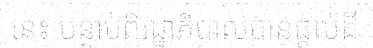
នេះ បន្ទាប់ពីរដ្ឋាភិបាលបានផ្តល់ដី